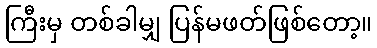
ကြီးမှ တစ်ခါမျှ ပြန်မဖတ်ဖြစ်တော့။